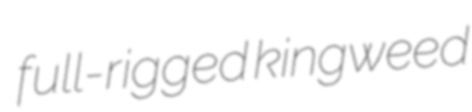
full-rigged kingweed